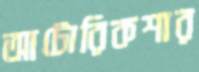
আটোরিকশার